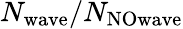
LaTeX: N_{\mathrm{wave}}/N_{\mathrm{NOwave}}